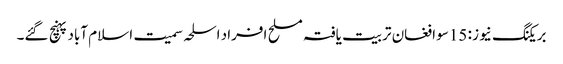
بریکنگ نیوز : 15سو افغان تربیت یافتہ مسلح افراد اسلحہ سمیت اسلام آباد پہنچ گئے۔